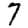
Digit: 7